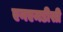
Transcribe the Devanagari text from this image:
एनएमडीसी